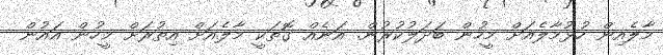
މާލެއިން ހުޅުމާލެއަށް މީހުން ބަދަލުކުރުން. އަނެއް ގޮތަކީ މާލެއަށް އިތުރަށް މީހުން އައުން